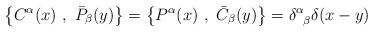
LaTeX: \begin{align*}\left\{ C^{\alpha}(x)~,~\bar{P}_{\beta}(y)\right\} = \left\{ P^{\alpha}(x)~,~\bar{C}_{\beta}(y)\right\} = \delta^{\alpha}_{\hphantom{\alpha}\beta}\delta (x-y)\end{align*}